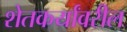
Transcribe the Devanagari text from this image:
शेतकर्यांवरील